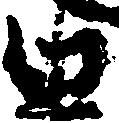
由